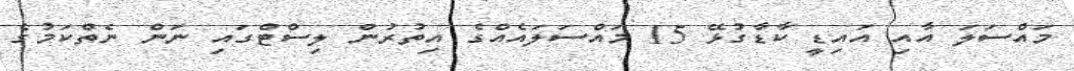
މައްސަލަ އާއި އައިޑީ ކާޑާގުޅޭ 15 މައްސަލައެއްގެ އިތުރުން ލިސްޓްގައި ނަން ނެތްކަމުގެ